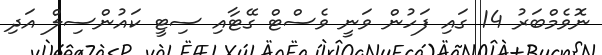
ނޮވެމްބަރު 14 ގައި ފަހުން ވަނީ ވެސްޓް ގޭޓާއި ސިޓީ ކައުންސިލް އަދި